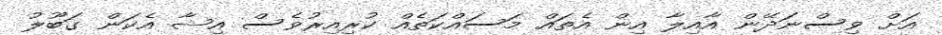
އަށް ވިސްނަދޭން އާއިލާ އިން އެތައް މަސައްކަތެއް ކުރިއިރުވެސް އިޝާ އެކަން ގަބޫލު